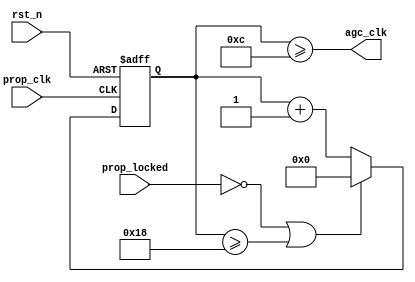
`timescale 1ns / 1ps
`default_nettype none

module agc_clk_div(
    input wire prop_clk,
    input wire prop_locked,
    input wire rst_n,
    output wire agc_clk
);

reg [5:0] counter;

assign agc_clk = counter >= 6'd12;

always @(posedge prop_clk or negedge rst_n) begin
    if (~rst_n) begin
        counter <= 6'b0;
    end else begin
        if (~prop_locked | (counter >= 6'd24)) begin
            counter <= 6'b0;
        end else begin
            counter <= counter + 1;
        end
    end
end

endmodule
`default_nettype wire